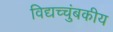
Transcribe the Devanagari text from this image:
विद्यच्चुंबकीय